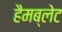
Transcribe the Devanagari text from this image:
हैमब्लेट